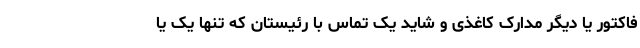
فاکتور یا دیگر مدارک کاغذی‌ و شاید یک تماس با رئیستان که تنها یک یا